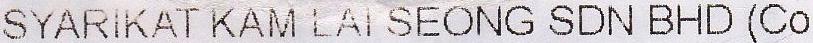
SYARIKAT KAM LAI SEONG SDN BHD (CO